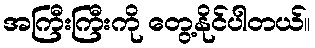
အကြီးကြီးကို တွေ့နိုင်ပါတယ်။